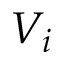
V _ { i }